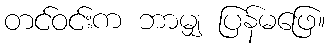
တင်ဝင်းက ဘာမျှ ပြန်မဖြေ။